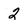
Character: 2